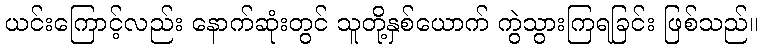
ယင်းကြောင့်လည်း နောက်ဆုံးတွင် သူတို့နှစ်ယောက် ကွဲသွားကြရခြင်း ဖြစ်သည်။